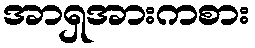
အာရှအားကစား